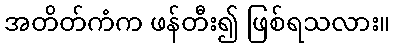
အတိတ်ကံက ဖန်တီး၍ ဖြစ်ရသလား။